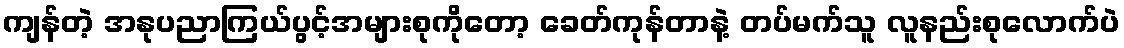
ကျန်တဲ့ အနုပညာကြယ်ပွင့်အများစုကိုတော့ ခေတ်ကုန်တာနဲ့ တပ်မက်သူ လူနည်းစုလောက်ပဲ